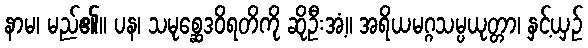
နာမ၊ မည်၏။ ပန၊ သမုစ္ဆေဒဝိရတိကို ဆိုဦးအံ့။ အရိယမဂ္ဂသမ္ပယုတ္တာ၊ နှင့်ယှဉ်